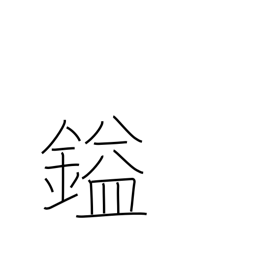
Meaning: unit of weight